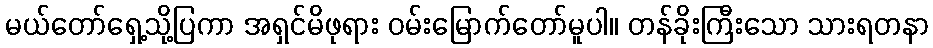
မယ်တော်ရှေ့သို့ပြကာ အရှင်မိဖုရား ဝမ်းမြောက်တော်မူပါ။ တန်ခိုးကြီးသော သားရတနာ